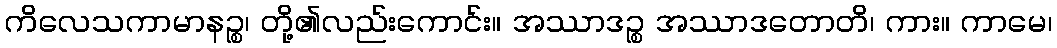
ကိလေသကာမာနဉ္စ၊ တို့၏လည်းကောင်း။ အဿာဒဉ္စ အဿာဒတောတိ၊ ကား။ ကာမေ၊